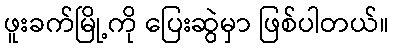
ဖူးခက်မြို့ကို ပြေးဆွဲမှာ ဖြစ်ပါတယ်။